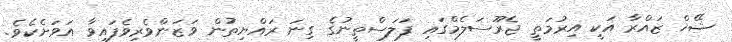
ޝޭޚް ޒައްރާ އަކީ އިރުމަތީ ޖެރޫސަލެމްގައި ފަލަސްތީނުގެ ގިނަ ރައްޔިތުން ވަޒަންވެރިވެފައިވާ އަވަށެކެވެ.